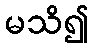
မသိ၍